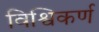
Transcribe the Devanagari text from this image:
विश्विकर्ण